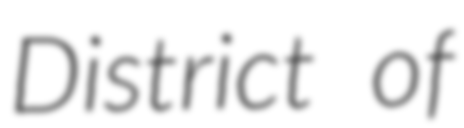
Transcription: District of